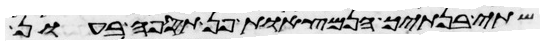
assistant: שתי בנתיך הנמצאות פן תספה בעון